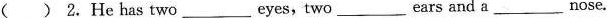
( ) 2. He has two ___ eyes，two ___ ears and a ___ nose.